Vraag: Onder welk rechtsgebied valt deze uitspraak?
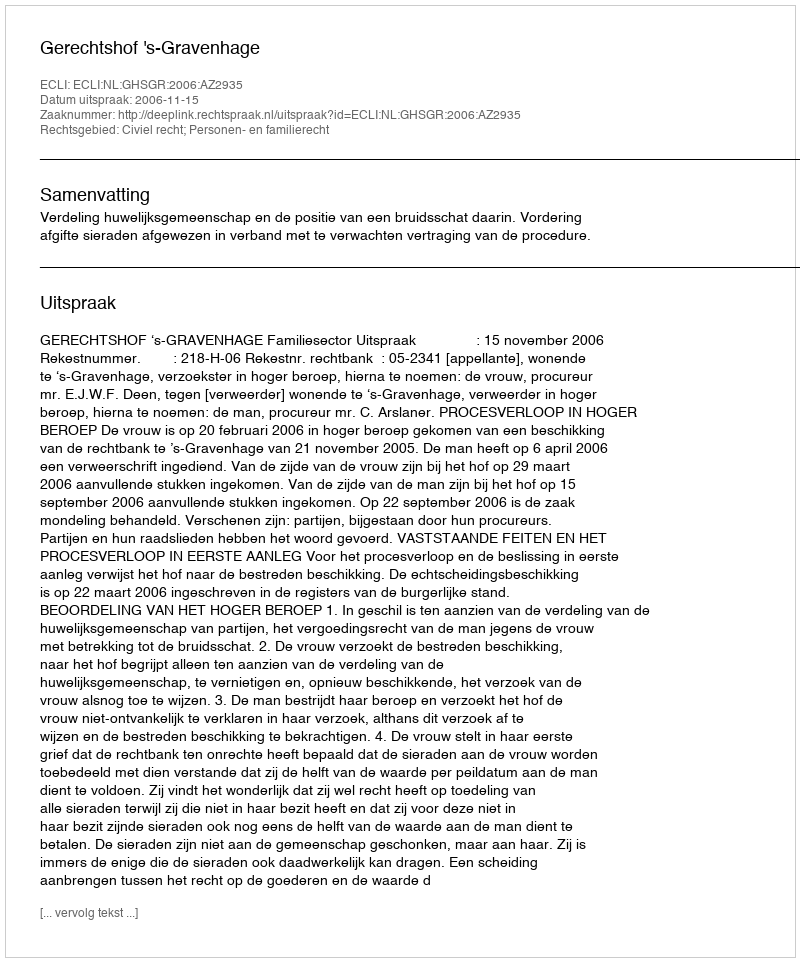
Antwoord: Civiel recht; Personen- en familierecht